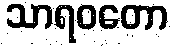
သာရဝတော